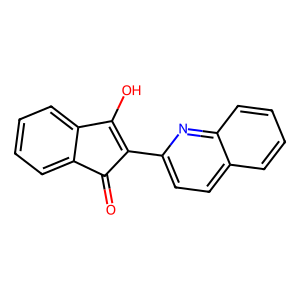
SMILES: O=C1C(c2ccc3ccccc3n2)=C(O)c2ccccc21
Inhibits HIV replication: No